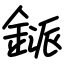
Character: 鎃